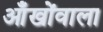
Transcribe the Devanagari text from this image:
आँखोंवाला